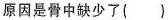
原因是骨中缺少了( )